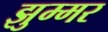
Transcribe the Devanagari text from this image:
झुम्मर